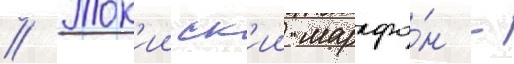
// Ток'ииск'ии марафо́н -